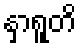
နှာရူတိ